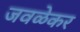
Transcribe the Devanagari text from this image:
जवळेकर